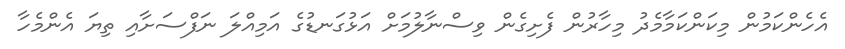
އެހެންކަމުން މިކަންކަމާމެދު މިހާރުން ފެށިގެން ވިސްނާލުމަށް އަޅުގަނޑުގެ އަމިއްލަ ނަފްސަށާއި ތިޔަ އެންމެހާ